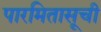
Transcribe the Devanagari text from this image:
पारमितासूची